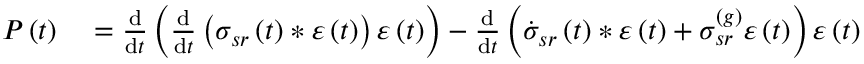
\begin{array} { r l } { P \left( t \right) } & { { } = \frac { \mathrm { d } } { \mathrm { d } t } \left( \frac { \mathrm { d } } { \mathrm { d } t } \left( \sigma _ { s r } \left( t \right) \ast \varepsilon \left( t \right) \right) \varepsilon \left( t \right) \right) - \frac { \mathrm { d } } { \mathrm { d } t } \left( \dot { \sigma } _ { s r } \left( t \right) \ast \varepsilon \left( t \right) + \sigma _ { s r } ^ { \left( g \right) } \varepsilon \left( t \right) \right) \varepsilon \left( t \right) } \end{array}